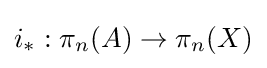
i_{*}:\pi _{n}(A)\to \pi _{n}(X)